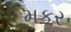
મકર